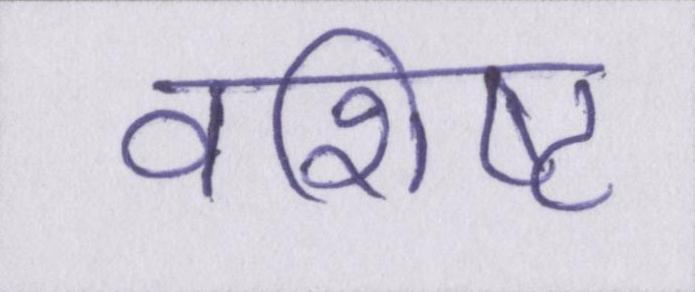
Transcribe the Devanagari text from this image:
वशिष्ट